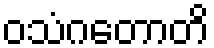
ဝသံဂတောတိ